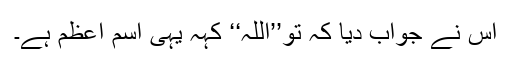
اس نے جواب دیا کہ تو’’اللہ‘‘ کہہ یہی اسمِ اعظم ہے۔